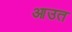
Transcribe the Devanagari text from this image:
आउत